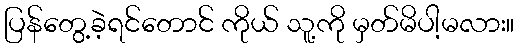
ပြန်တွေ့ခဲ့ရင်တောင် ကိုယ် သူ့ကို မှတ်မိပါ့မလား။